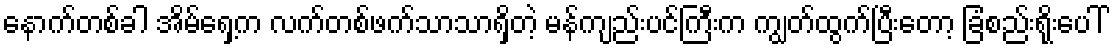
နောက်တစ်ခါ အိမ်ရှေ့က လက်တစ်ဖက်သာသာရှိတဲ့ မန်ကျည်းပင်ကြီးက ကျွတ်ထွက်ပြီးတော့ ခြံစည်းရိုးပေါ်